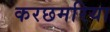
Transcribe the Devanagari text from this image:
करछमरिया